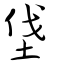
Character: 垡